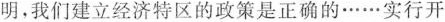
明，我们建立经济特区的政策是正确的……实行开